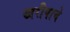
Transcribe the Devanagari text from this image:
खरीपाचे